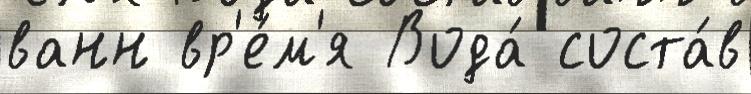
ванн вр'е́м'я Вода́ соста́в